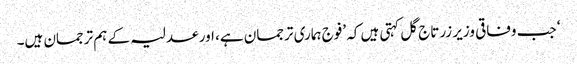
‘ جب وفاقی وزیر زرتاج گل کہتی ہیں کہ ’فوج ہماری ترجمان ہے، اور عدلیہ کے ہم ترجمان ہیں۔